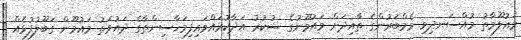
މައުލޫމާތު މުއްސަނދިވި މެމްބަރުންގެ ތާއިދަށް މައުމޫނުގެ ޝުކުރު އަދާކުރައްވައިފިމަހާސިންތާގެ ދައުވަތު މައުމޫން ގަބޫލުފުޅެއް